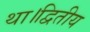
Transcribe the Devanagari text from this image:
था।द्वितीय